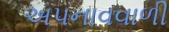
અપનાવવાળી